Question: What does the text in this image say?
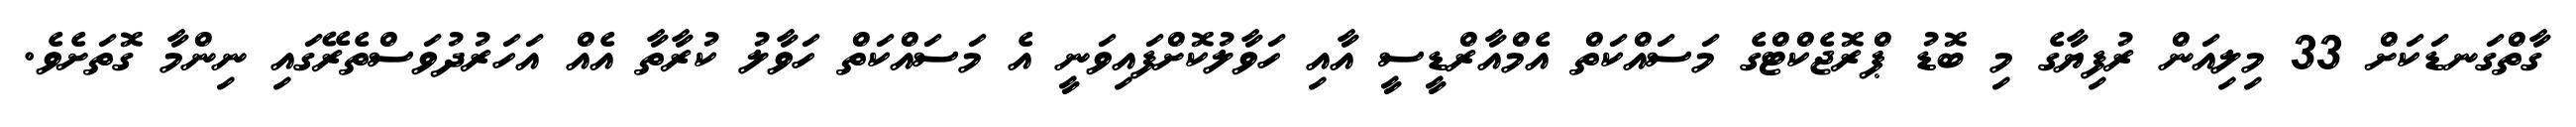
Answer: ގާތްގަނޑަކަށް 33 މިލިއަން ރުފިޔާގެ މި ބޮޑު ޕްރޮޖެކްޓްގެ މަސައްކަތް އެމްއާރްޑީސީ އާއި ހަވާލުކޮށްފައިވަނީ އެ މަސައްކަތް ހަވާލު ކުރާތާ އެއް އަހަރުދުވަސްތެރޭގައި ނިންމާ ގޮތަށެވެ.